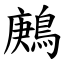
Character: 鶊